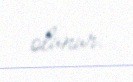
olunur.